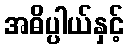
အဓိပ္ပါယ်နှင့်